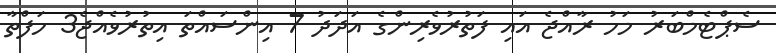
ސެޕްޓެމްބަރު މަހު ރާއްޖެ އައި ފަތުރުވެރިންގެ އަދަދު 7 އިންސައްތަ އިތުރުވެއްޖެ3 ހަފްތާ